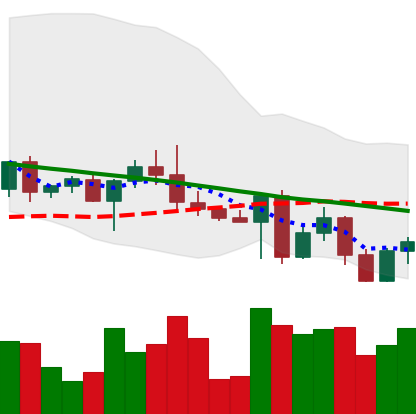
Ticker: ETH-USD
Chart end date: 2022-05-02
Forward return: -7.745%
Label: down_7plus